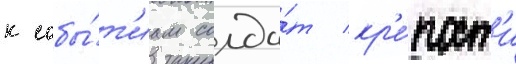
к собы́т'иам солда́т кр'е́пост'и